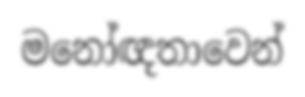
මනෝඥතාවෙන්